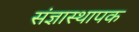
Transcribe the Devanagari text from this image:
संज्ञास्थापक